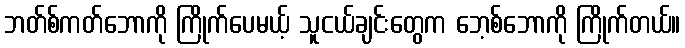
ဘတ်စ်ကတ်ဘောကို ကြိုက်ပေမယ့် သူငယ်ချင်းတွေက ဘေ့စ်ဘောကို ကြိုက်တယ်။